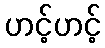
ဟင့်ဟင့်